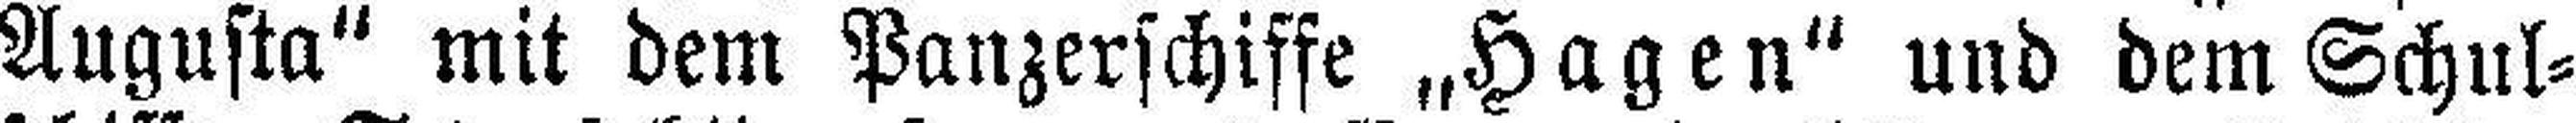
Augusta“ mit dem Panzerschiffe „Hagen“ und dem Schul¬